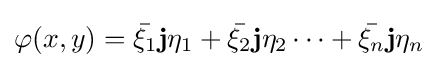
\varphi (x,y)={\bar {\xi _{1}}}\mathbf {j} \eta _{1}+{\bar {\xi _{2}}}\mathbf {j} \eta _{2}\cdots +{\bar {\xi _{n}}}\mathbf {j} \eta _{n}